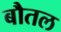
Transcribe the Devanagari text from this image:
बौतल